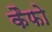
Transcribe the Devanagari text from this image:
कैफो